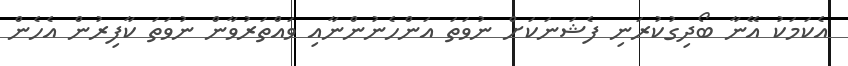
އެކަމަކު އޭނާ ބޯދިގުކުރަނި ފެޝަނަކަށް ނުވަތަ އަންހެނުންނާއި ވައްތަރުވާން ނުވަތަ ކާފިރުން އެހެން